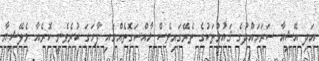
އަދި އޭޝިއާ ސަރަހައްދުގެ ޤައުމުތަކުގެ ތެރޭގައިވެސް ޚާއްސަގޮތެއްގައި ފާހަގަ ކުރެވެނީ ކޮރެއާ މެލޭޝިޔާ